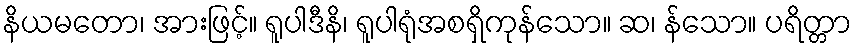
နိယမတော၊ အားဖြင့်။ ရူပါဒီနိ၊ ရူပါရုံအစရှိကုန်သော။ ဆ၊ န်သော။ ပရိတ္တာ